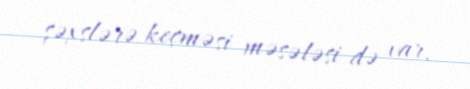
şəxslərə keçməsi məsələsi də var.